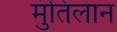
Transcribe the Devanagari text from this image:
मुंतिलान